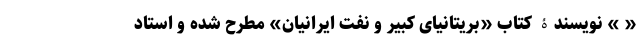
« » نویسندۀ کتاب «بریتانیای کبیر و نفت ایرانیان» مطرح شده و استاد